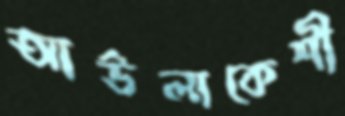
আউলাকেশী